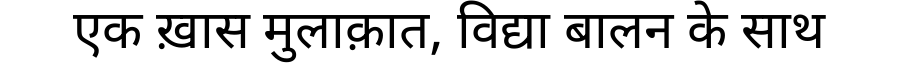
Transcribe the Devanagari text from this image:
एक ख़ास मुलाक़ात, विद्या बालन के साथ